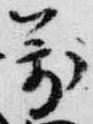
萬